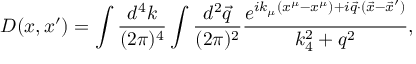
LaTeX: D ( x , x ^ { \prime } ) = \int { \frac { d ^ { 4 } k } { ( 2 \pi ) ^ { 4 } } } \int { \frac { d ^ { 2 } { \vec { q } } } { ( 2 \pi ) ^ { 2 } } } { \frac { e ^ { i k _ { \mu } ( x ^ { \mu } - x ^ { \mu } ) + i { \vec { q } } \cdot ( { \vec { x } } - { \vec { x } ^ { \prime } } ) } } { k _ { 4 } ^ { 2 } + q ^ { 2 } } } ,